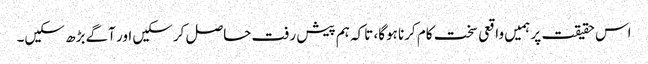
اس حقیقت پر ہمیں واقعی سخت کام کرنا ہوگا، تاکہ ہم پیش رفت حاصل کرسکیں اور آگے بڑھ سکیں۔